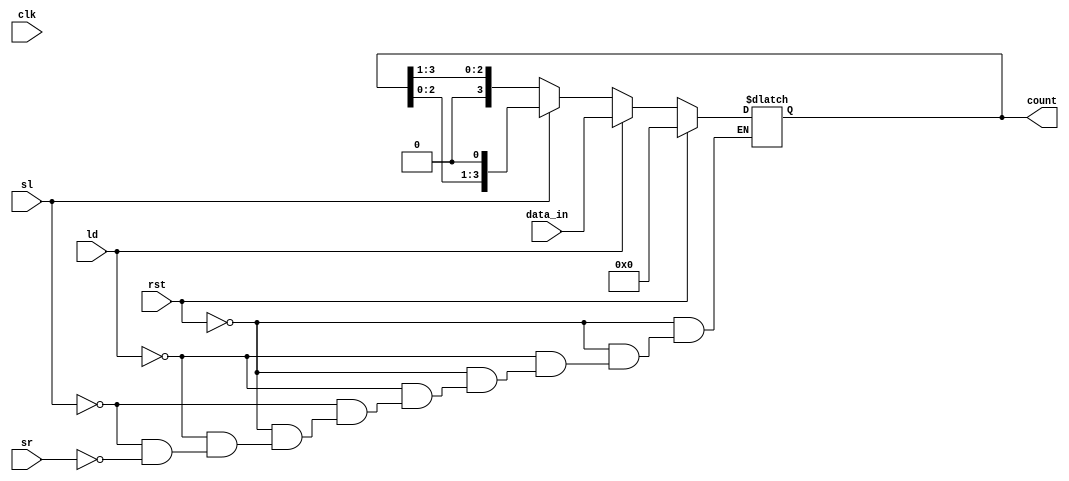
module async_shift_counter (
    input wire clk,          // Clock signal (not used in this asynchronous design)
    input wire rst,          // Reset signal
    input wire ld,           // Load signal
    input wire sl,           // Shift left signal
    input wire sr,           // Shift right signal
    input wire [3:0] data_in, // Input data for loading
    output reg [3:0] count   // Current count value
);

// Asynchronous reset and control logic
always @(*) begin
    if (rst) begin
        count = 4'b0000; // Reset the counter to 0
    end else if (ld) begin
        count = data_in; // Load the preset value
    end else if (sl) begin
        count = {count[2:0], 1'b0}; // Shift left and fill LSB with 0
    end else if (sr) begin
        count = {1'b0, count[3:1]}; // Shift right and fill MSB with 0
    end
end

endmodule